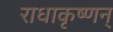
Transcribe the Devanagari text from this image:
राधाकृष्णन्‌